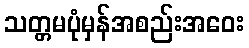
သတ္တမပုံမှန်အစည်းအဝေး